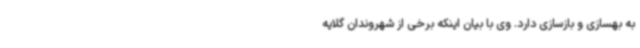
به بهسازی و بازسازی دارد. وی با بیان اینکه برخی از شهروندان گلایه